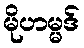
မိုဟမ္မဒ်